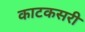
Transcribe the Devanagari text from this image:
काटकसरी